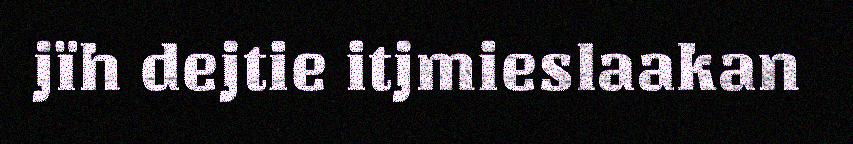
jïh dejtie itjmieslaakan